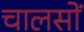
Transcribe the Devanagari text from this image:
चालसों